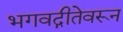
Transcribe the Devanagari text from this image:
भगवद्गीतेवरून